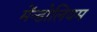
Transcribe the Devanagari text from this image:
मेंन्डोलियम